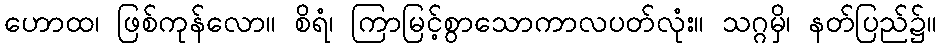
ဟောထ၊ ဖြစ်ကုန်လော။ စိရံ၊ ကြာမြင့်စွာသောကာလပတ်လုံး။ သဂ္ဂမှိ၊ နတ်ပြည်၌။